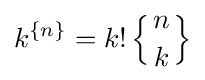
k^{\{n\}}=k!\left\{{n \atop k}\right\}